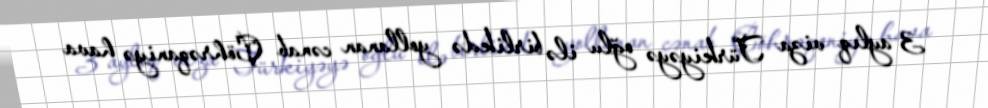
3 aylıq viza Türkiyəyə oğlu ilə birlikdə yollanan cənab Çöhrəqaniyə hava